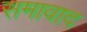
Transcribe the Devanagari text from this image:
समावाद